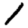
Digit: 1